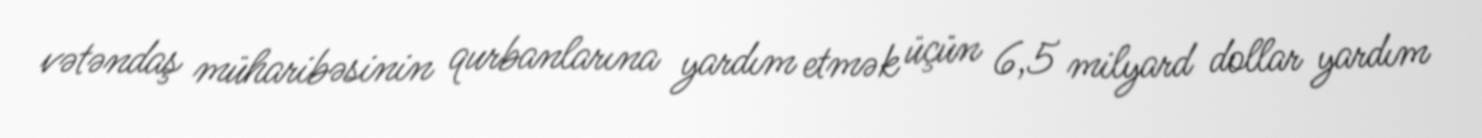
vətəndaş müharibəsinin qurbanlarına yardım etmək üçün 6,5 milyard dollar yardım